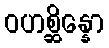
ဝဟစ္ဆိန္နော